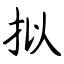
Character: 拟